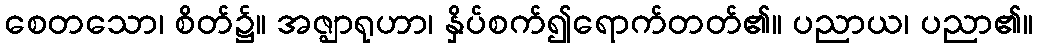
စေတသော၊ စိတ်၌။ အဇ္ဈာရုဟာ၊ နှိပ်စက်၍ရောက်တတ်၏။ ပညာယ၊ ပညာ၏။